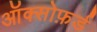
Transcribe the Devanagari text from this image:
ऑक्सोफ़र्ड